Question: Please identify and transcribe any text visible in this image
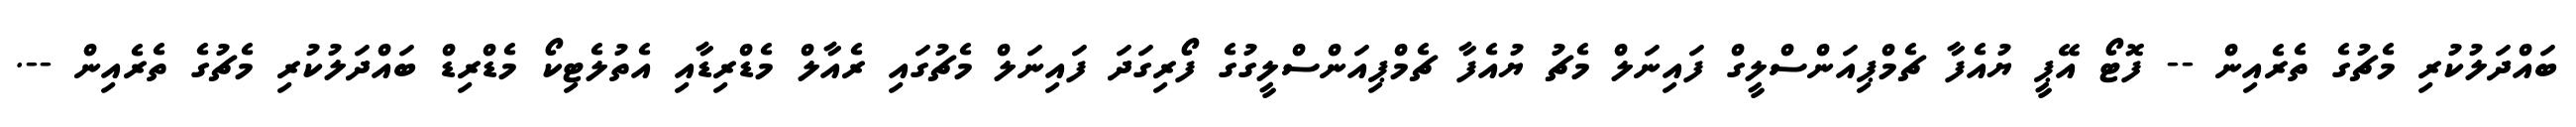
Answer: ބައްދަލުކުރި މެޗުގެ ތެރެއިން -- ފޮޓޯ އޭޕީ ޔުއެފާ ޗެމްޕިއަންސްލީގް ފައިނަލް މެޗު ޔުއެފާ ޗެމްޕިއަންސްލީގުގެ ފޯރިގަދަ ފައިނަލް މެޗުގައި ރެއާލް މެޑްރިޑާއި އެތުލެޓިކޯ މެޑްރިޑް ބައްދަލުކުރި މެޗުގެ ތެރެއިން --.